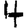
Digit: 4